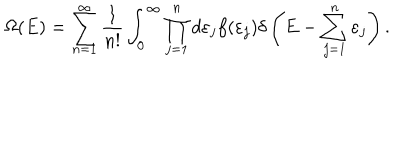
LaTeX: \Omega ( E ) = \sum _ { n = 1 } ^ { \infty } { \frac { 1 } { n ! } } \int _ { 0 } ^ { \infty } \prod _ { j = 1 } ^ { n } d \varepsilon _ { j } f ( \varepsilon _ { j } ) \delta \left( E - \sum _ { j = 1 } ^ { n } \varepsilon _ { j } \right) .